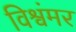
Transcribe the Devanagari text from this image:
विश्वंमर